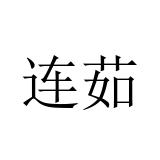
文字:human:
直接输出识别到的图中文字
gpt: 连茹